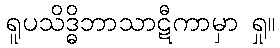
ရူပသိဒ္ဓိဘာသာဋီကာမှာ ရှု။